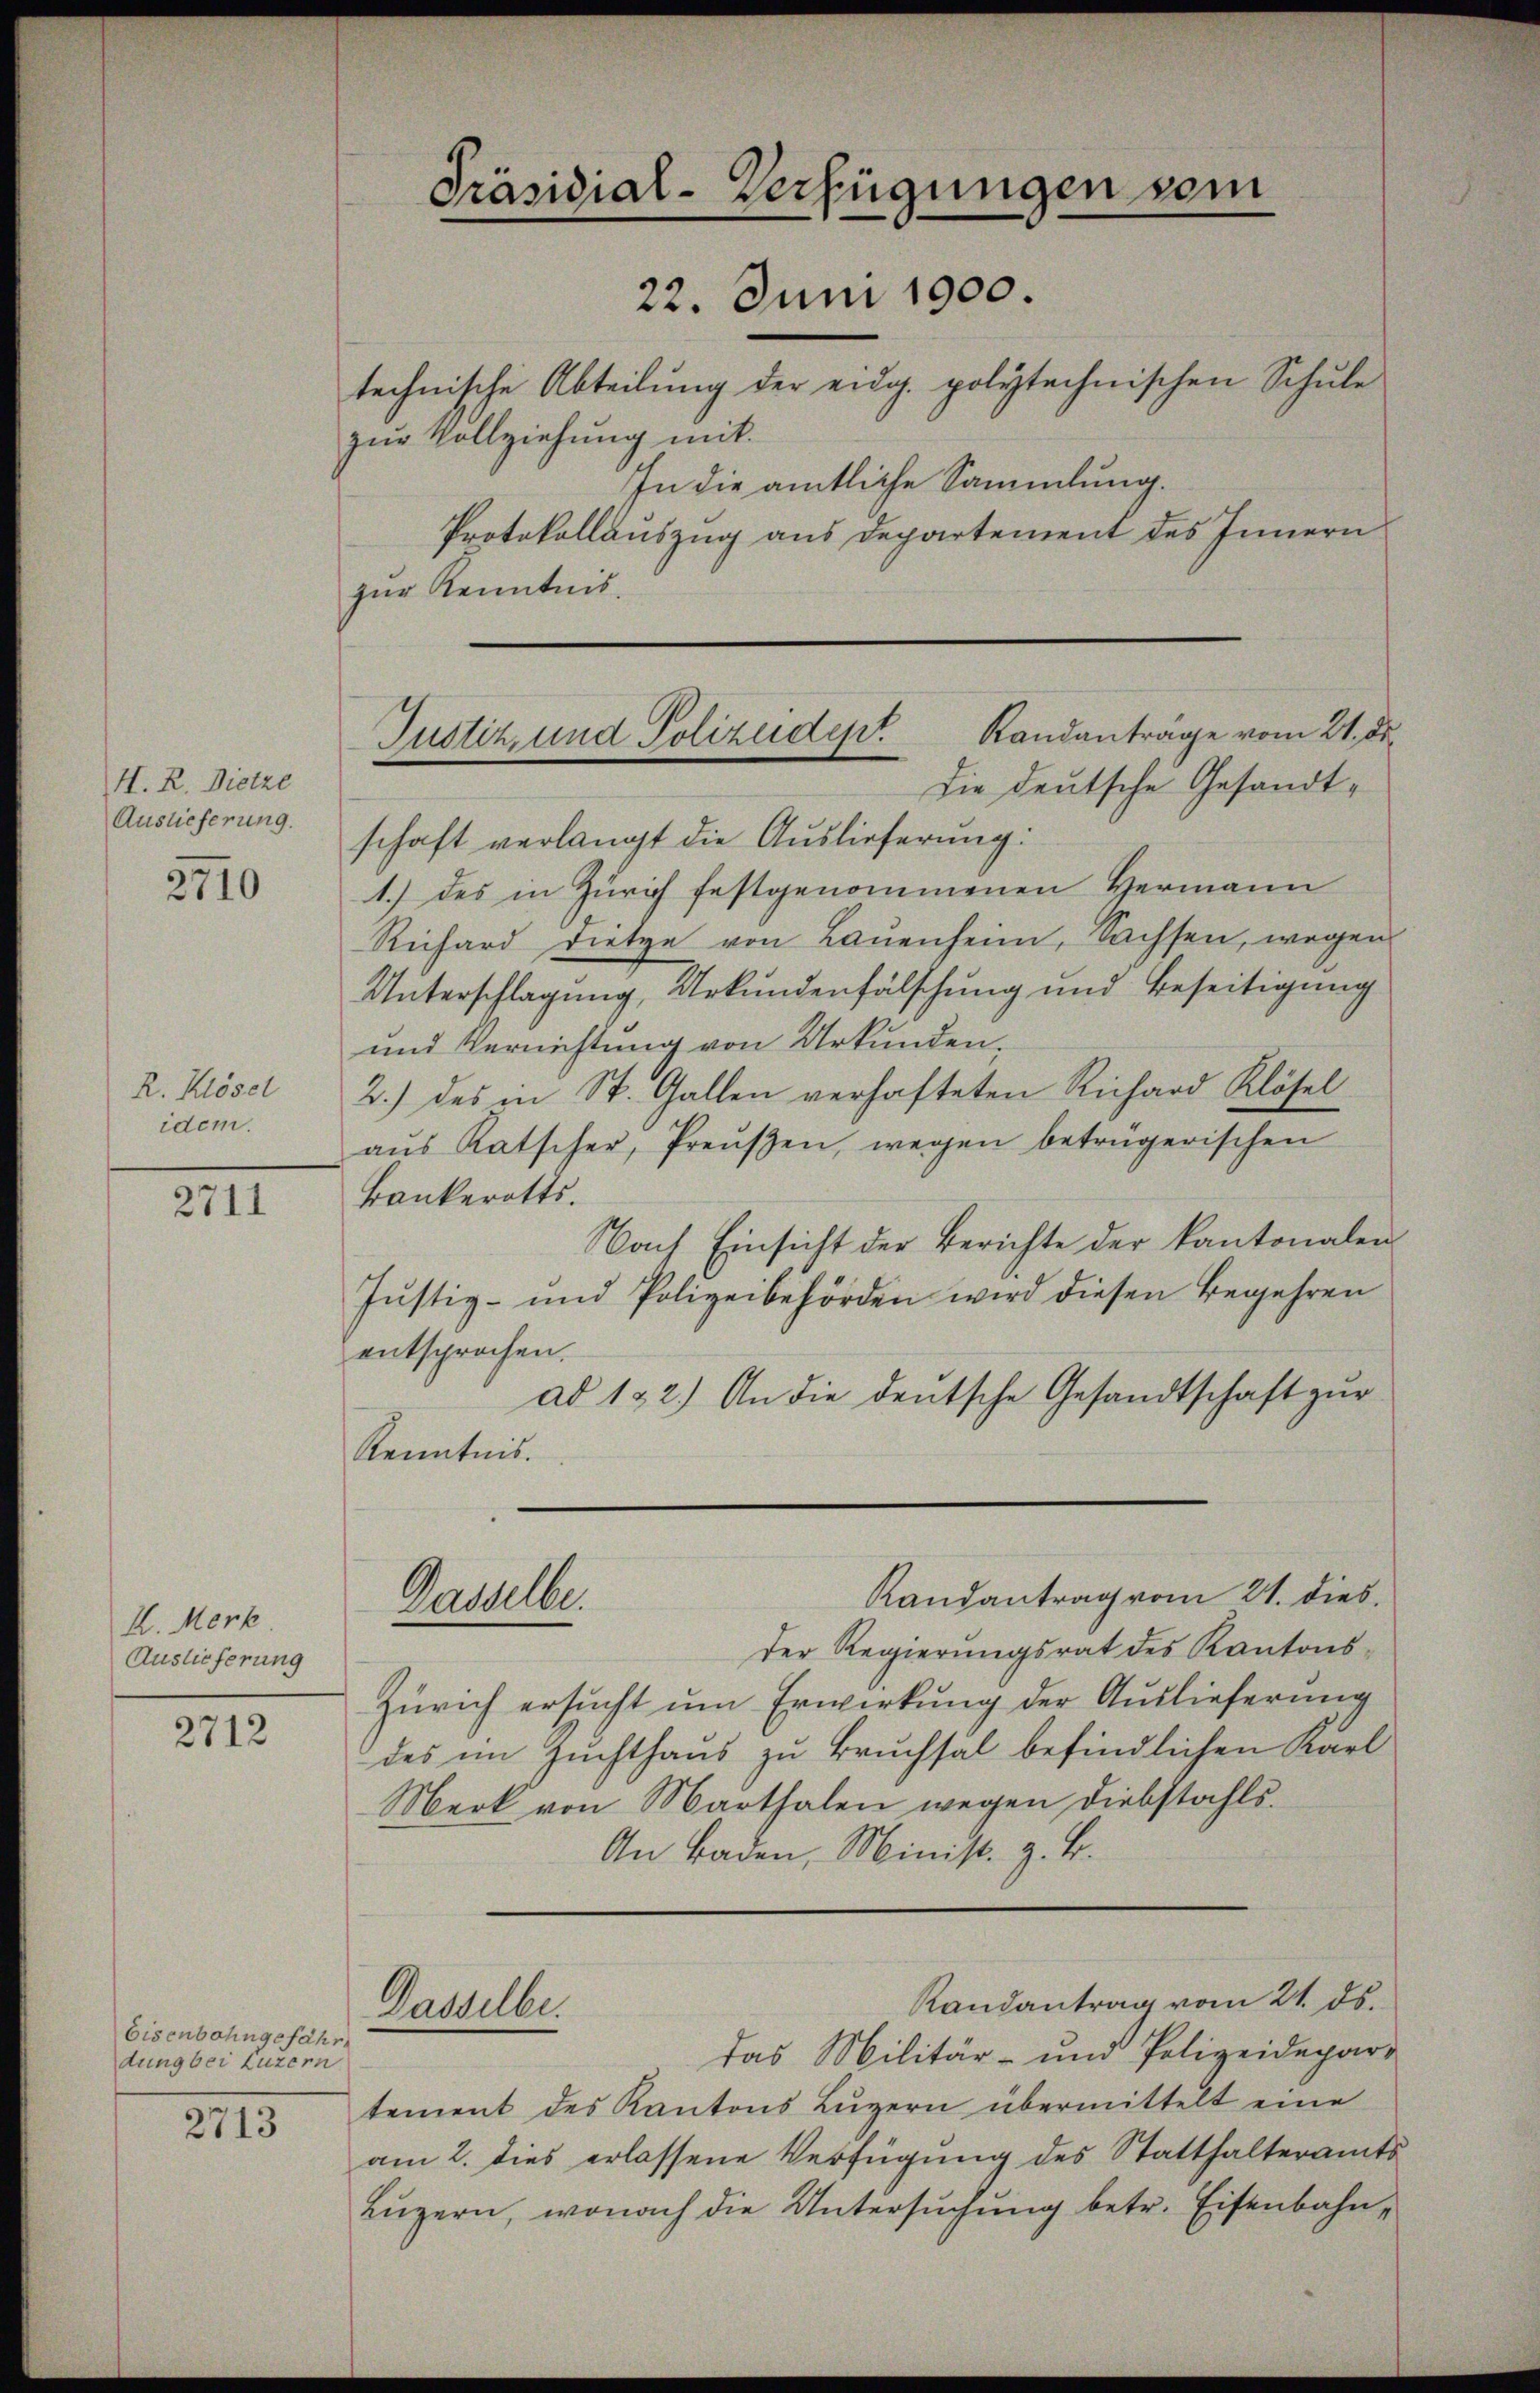
H. R. Dietze
Auslieferung.

2710

R. Klösel
idem.

2711

K. Merk
Auslieferung

2712

Eisenbahngefähr
dung bei Luzern

2713

Präsidial-Verfügungen vom
22. Juni 1900.

technische Abteilung der eidg. polytechnischen Schule
zur Vollziehung mit.
In die amtliche Sammlung.
Protokollauszug aus Departement des Innern
zur Kenntnis.
die deutsche Gesandtschaft verlangt die Auslieferung:
1.) des in Zürich festgenommenen Hermann
Richard Dietze von Baŭenheim, Sachsen, wegen
Unterschlagung, Urkundenfälschung und Beseitigung
und Vernichtung von Urkunden.
2.) des in St. Gallen verhafteten Richard Klösel
aŭs Ratscher, Preŭβen, wegen betrügerischen
Bankerotts.
Nach Einsicht der Berichte der Kantonalen
Justiz- und Polizeibehörden wird diesen Begehren
entsprochen.
ad 122.) An die deutsche Gesandtschaft zur
Kenntnis.

Justiz und Polizeident Randantrage vom 21. ds.

Gasselbe.

Randantrag vom 21. dies
der Regierungsrat des Kantons-
Zürich ersucht um Erwirkung der Auslieferung
des im Zuchthaus zu Bruchsal befindlichen Karl
Merk von Marthalen wegen Diebstahls.
An Baden, Minist. z. B.
Randantrag vom 21. ds.
Dasselbe.
das Militär- und Polizeidepar-
tement des Kantons Lŭzern übermittelt eine
am 2. dies erlassene Verfügung des Statthalteramts
Luzern, wonach die Untersuchung betr. Eisenbahn¬